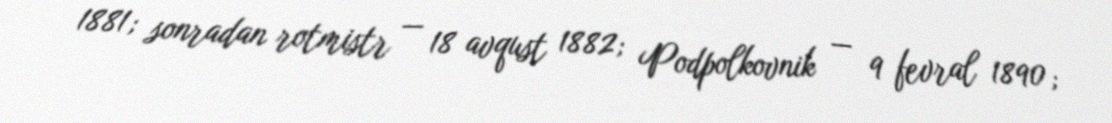
1881; sonradan rotmistr — 18 avqust 1882; Podpolkovnik — 9 fevral 1890;